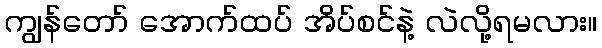
ကျွန်တော် အောက်ထပ် အိပ်စင်နဲ့ လဲလို့ရမလား။